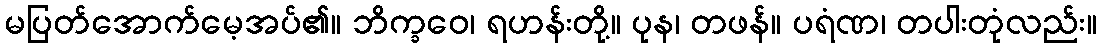
မပြတ်အောက်မေ့အပ်၏။ ဘိက္ခဝေ၊ ရဟန်းတို့။ ပုန၊ တဖန်။ ပရံဏ၊ တပါးတုံလည်း။